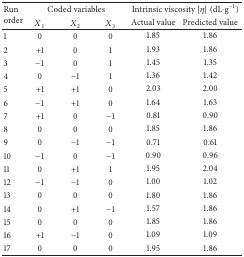
<table><thead><tr><td rowspan="2"><b>Run order</b></td><td colspan="3"><b>Coded variables</b></td><td colspan="2"><b>Intrinsic viscosity [<i>η</i>] (dL·g<sup>−1</sup>)</b></td></tr><tr><td><b><i>X</i><sub>1</sub></b></td><td><b><i>X</i><sub>2</sub></b></td><td><b><i>X</i><sub>3</sub></b></td><td><b>Actual value</b></td><td><b>Predicted value</b></td></tr></thead><tbody><tr><td>1</td><td>0</td><td>0</td><td>0</td><td>1.85</td><td>1.86</td></tr><tr><td>2</td><td>+1</td><td>0</td><td>1</td><td>1.93</td><td>1.86</td></tr><tr><td>3</td><td>−1</td><td>0</td><td>1</td><td>1.45</td><td>1.35</td></tr><tr><td>4</td><td>0</td><td>−1</td><td>1</td><td>1.36</td><td>1.42</td></tr><tr><td>5</td><td>+1</td><td>+1</td><td>0</td><td>2.03</td><td>2.00</td></tr><tr><td>6</td><td>−1</td><td>+1</td><td>0</td><td>1.64</td><td>1.63</td></tr><tr><td>7</td><td>+1</td><td>0</td><td>−1</td><td>0.81</td><td>0.90</td></tr><tr><td>8</td><td>0</td><td>0</td><td>0</td><td>1.85</td><td>1.86</td></tr><tr><td>9</td><td>0</td><td>−1</td><td>−1</td><td>0.71</td><td>0.61</td></tr><tr><td>10</td><td>−1</td><td>0</td><td>−1</td><td>0.90</td><td>0.96</td></tr><tr><td>11</td><td>0</td><td>+1</td><td>1</td><td>1.95</td><td>2.04</td></tr><tr><td>12</td><td>−1</td><td>−1</td><td>0</td><td>1.00</td><td>1.02</td></tr><tr><td>13</td><td>0</td><td>0</td><td>0</td><td>1.80</td><td>1.86</td></tr><tr><td>14</td><td>0</td><td>+1</td><td>−1</td><td>1.57</td><td>1.86</td></tr><tr><td>15</td><td>0</td><td>0</td><td>0</td><td>1.85</td><td>1.86</td></tr><tr><td>16</td><td>+1</td><td>−1</td><td>0</td><td>1.09</td><td>1.09</td></tr><tr><td>17</td><td>0</td><td>0</td><td>0</td><td>1.95</td><td>1.86</td></tr></tbody></table>